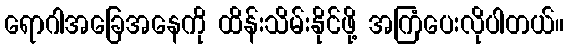
ရောဂါအခြေအနေကို ထိန်းသိမ်းနိုင်ဖို့ အကြံပေးလိုပါတယ်။